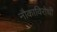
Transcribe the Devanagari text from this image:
नौकाविरोधी